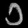
Digit: ၁